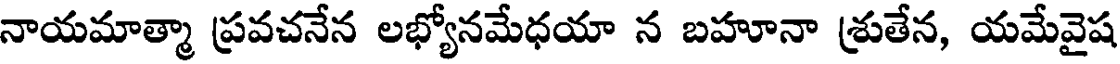
నాయమాత్మా ప్రవచనేన లభ్యోనమేధయా న బహూనా శ్రుతేన, యమేవైష